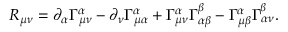
R _ { \mu \nu } = \partial _ { \alpha } \Gamma _ { \mu \nu } ^ { \alpha } - \partial _ { \nu } \Gamma _ { \mu \alpha } ^ { \alpha } + \Gamma _ { \mu \nu } ^ { \alpha } \Gamma _ { \alpha \beta } ^ { \beta } - \Gamma _ { \mu \beta } ^ { \alpha } \Gamma _ { \alpha \nu } ^ { \beta } .